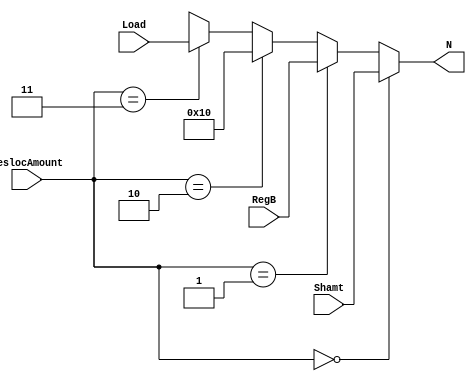
module mux_DeslocAmount (
    input wire [31:0] Shamt, RegB, Load, input wire [1:0] DeslocAmount, output wire [31:0] N);
    
    assign N =  (DeslocAmount == 0)? Shamt :
                (DeslocAmount == 1)? RegB :
                (DeslocAmount == 2)? 32'd16 : //Imeddiate
                (DeslocAmount == 3)? Load :
                32'hxxxx_xxxx;

endmodule